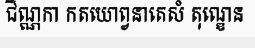
ជិណ្ណកា កតយោព្វនាតេសំ តុណ្ឌេន